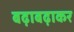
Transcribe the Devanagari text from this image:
बढ़ाबढ़ाकर